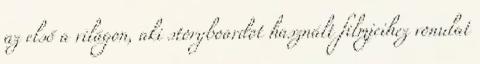
az első a világon, aki storyboardot használt filmjeihez vonulat